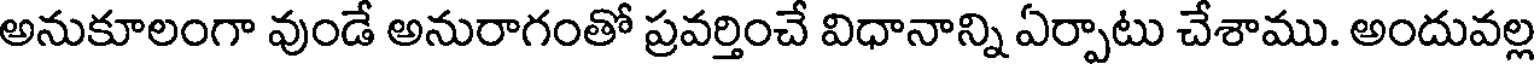
అనుకూలంగా వుండే అనురాగంతో ప్రవర్తించే విధానాన్ని ఏర్పాటు చేశాము. అందువల్ల